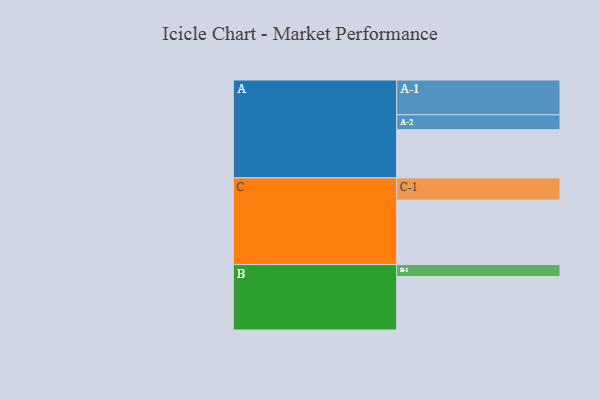
{"axis": {"x": "Segment", "y": "Value"}, "legend": ["", "A", "B", "C"], "data": [{"x": "A", "y": 403, "type": ""}, {"x": "B", "y": 448, "type": ""}, {"x": "C", "y": 540, "type": ""}, {"x": "A-1", "y": 291, "type": "A"}, {"x": "A-2", "y": 126, "type": "A"}, {"x": "B-1", "y": 100, "type": "B"}, {"x": "C-1", "y": 186, "type": "C"}]}